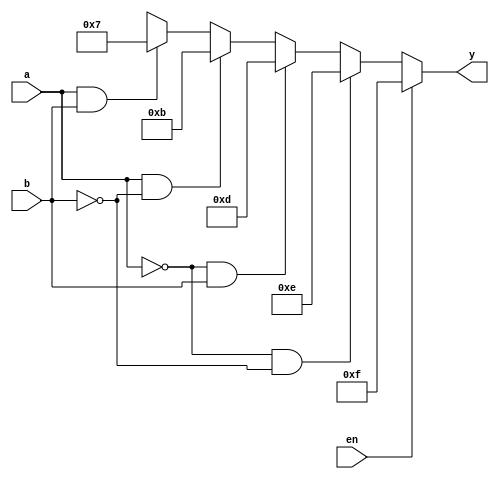
`timescale 1ns / 1ps
//////////////////////////////////////////////////////////////////////////////////
// Company: 
// Engineer: 
// 
// Design Name: 
// Module Name: 2_4decoder
// Project Name: 
// Target Devices: 
// Tool Versions: 
// Description: 
// 
// Dependencies: 
// 
// Revision:
// Revision 0.01 - File Created
// Additional Comments:
// 
//////////////////////////////////////////////////////////////////////////////////


module decoder(en,a,b,y);
// input port
   input en,a,b;

   // use reg to store the output value
   output reg [3:0]y;
   // always is used in design block 
   // only in Behavioural modeling.
   
   always @(en,a,b)
     begin
       // using condition if statement 
       // implement the 2:4 truth table
       if(en==0)
         begin
           if(a==1'b0 & b==1'b0) y=4'b1110;
           else if(a==1'b0 & b==1'b1) y=4'b1101;
           else if(a==1'b1 & b==1'b0) y=4'b1011;
           else if(a==1 & b==1) y=4'b0111;
           else y=4'bxxxx;
         end
       else
        y=4'b1111;
     end
endmodule